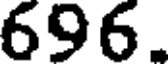
696.